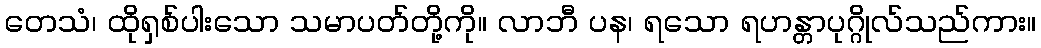
တေသံ၊ ထိုရှစ်ပါးသော သမာပတ်တို့ကို။ လာဘီ ပန၊ ရသော ရဟန္တာပုဂ္ဂိုလ်သည်ကား။